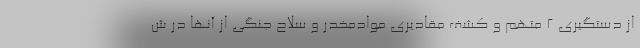
از دستگیری ۲ متهم و کشف مقادیری موادمخدر و سلاح جنگی از آنها در ش